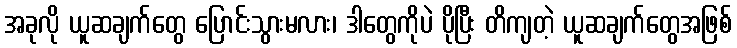
အခုလို ယူဆချက်တွေ ပြောင်းသွားမလား၊ ဒါတွေကိုပဲ ပိုပြီး တိကျတဲ့ ယူဆချက်တွေအဖြစ်